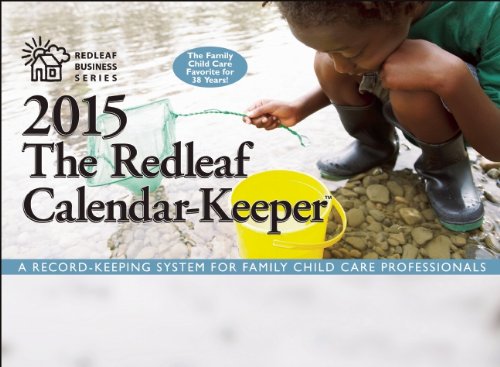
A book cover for The Redleaf Calendar-Keeper 2015: A Record-Keeping System for Family Child Care Professionals (Redleaf Business Series); Business & Money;